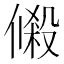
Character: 𬿔